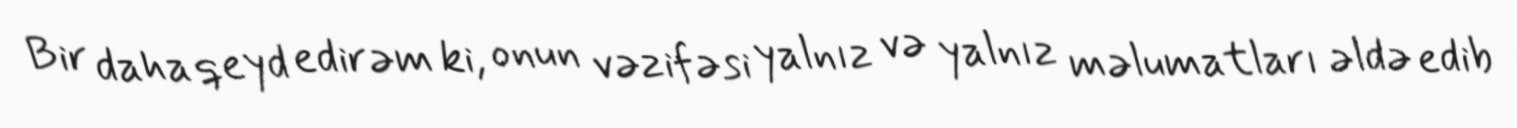
Bir daha qeyd edirəm ki, onun vəzifəsi yalnız və yalnız məlumatları əldə edib